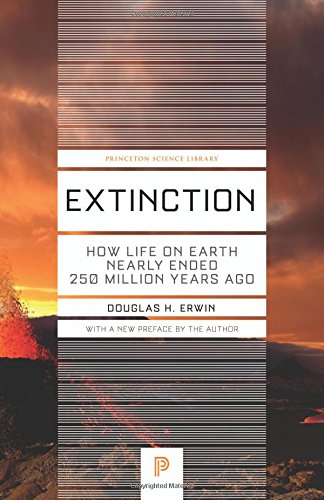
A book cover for Extinction: How Life on Earth Nearly Ended 250 Million Years Ago (Princeton Science Library); Douglas H. Erwin; Science & Math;